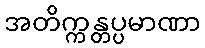
အတိက္ကန္တပ္ပမာဏာ